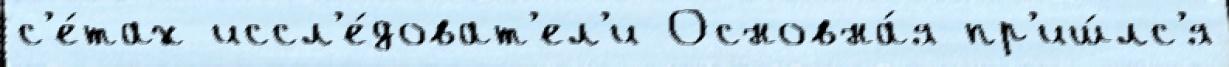
с'е́тах иссл'е́доват'ел'и Основна́я пр'иш́лс'я